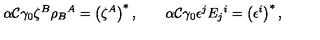
\alpha { \cal C } \gamma _ { 0 } \zeta ^ { B } \rho _ { B } { } ^ { A } = \left( \zeta ^ { A } \right) ^ { * } , \qquad \alpha { \cal C } \gamma _ { 0 } \epsilon ^ { j } E _ { j } { } ^ { i } = \left( \epsilon ^ { i } \right) ^ { * } ,